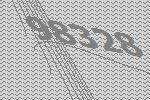
98328